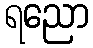
ရညော